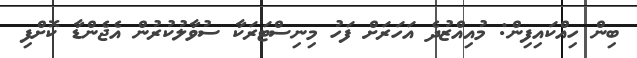
ބިން ހިއްކައިފިން: މުއިއްޒުދެ އަހަރަށް ފަހު މިނިސްޓަރަކާ ސުވާލުކުރުން އެޖެންޑާ ކޮށްފި